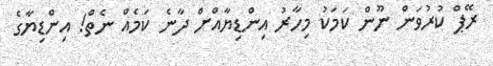
ރޭޕް ކުރުވަން ނޫން ކަމަކު މިހާރު އިންޑިޔާއްށް ދާނެ ކަމެއް ނެތް! އިންޑިޔާގެ